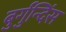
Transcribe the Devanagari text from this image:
बुर्गुन्दिंस